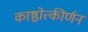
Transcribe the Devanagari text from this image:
काष्ठोत्कीर्णन